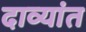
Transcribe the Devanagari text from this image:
दाव्यांत